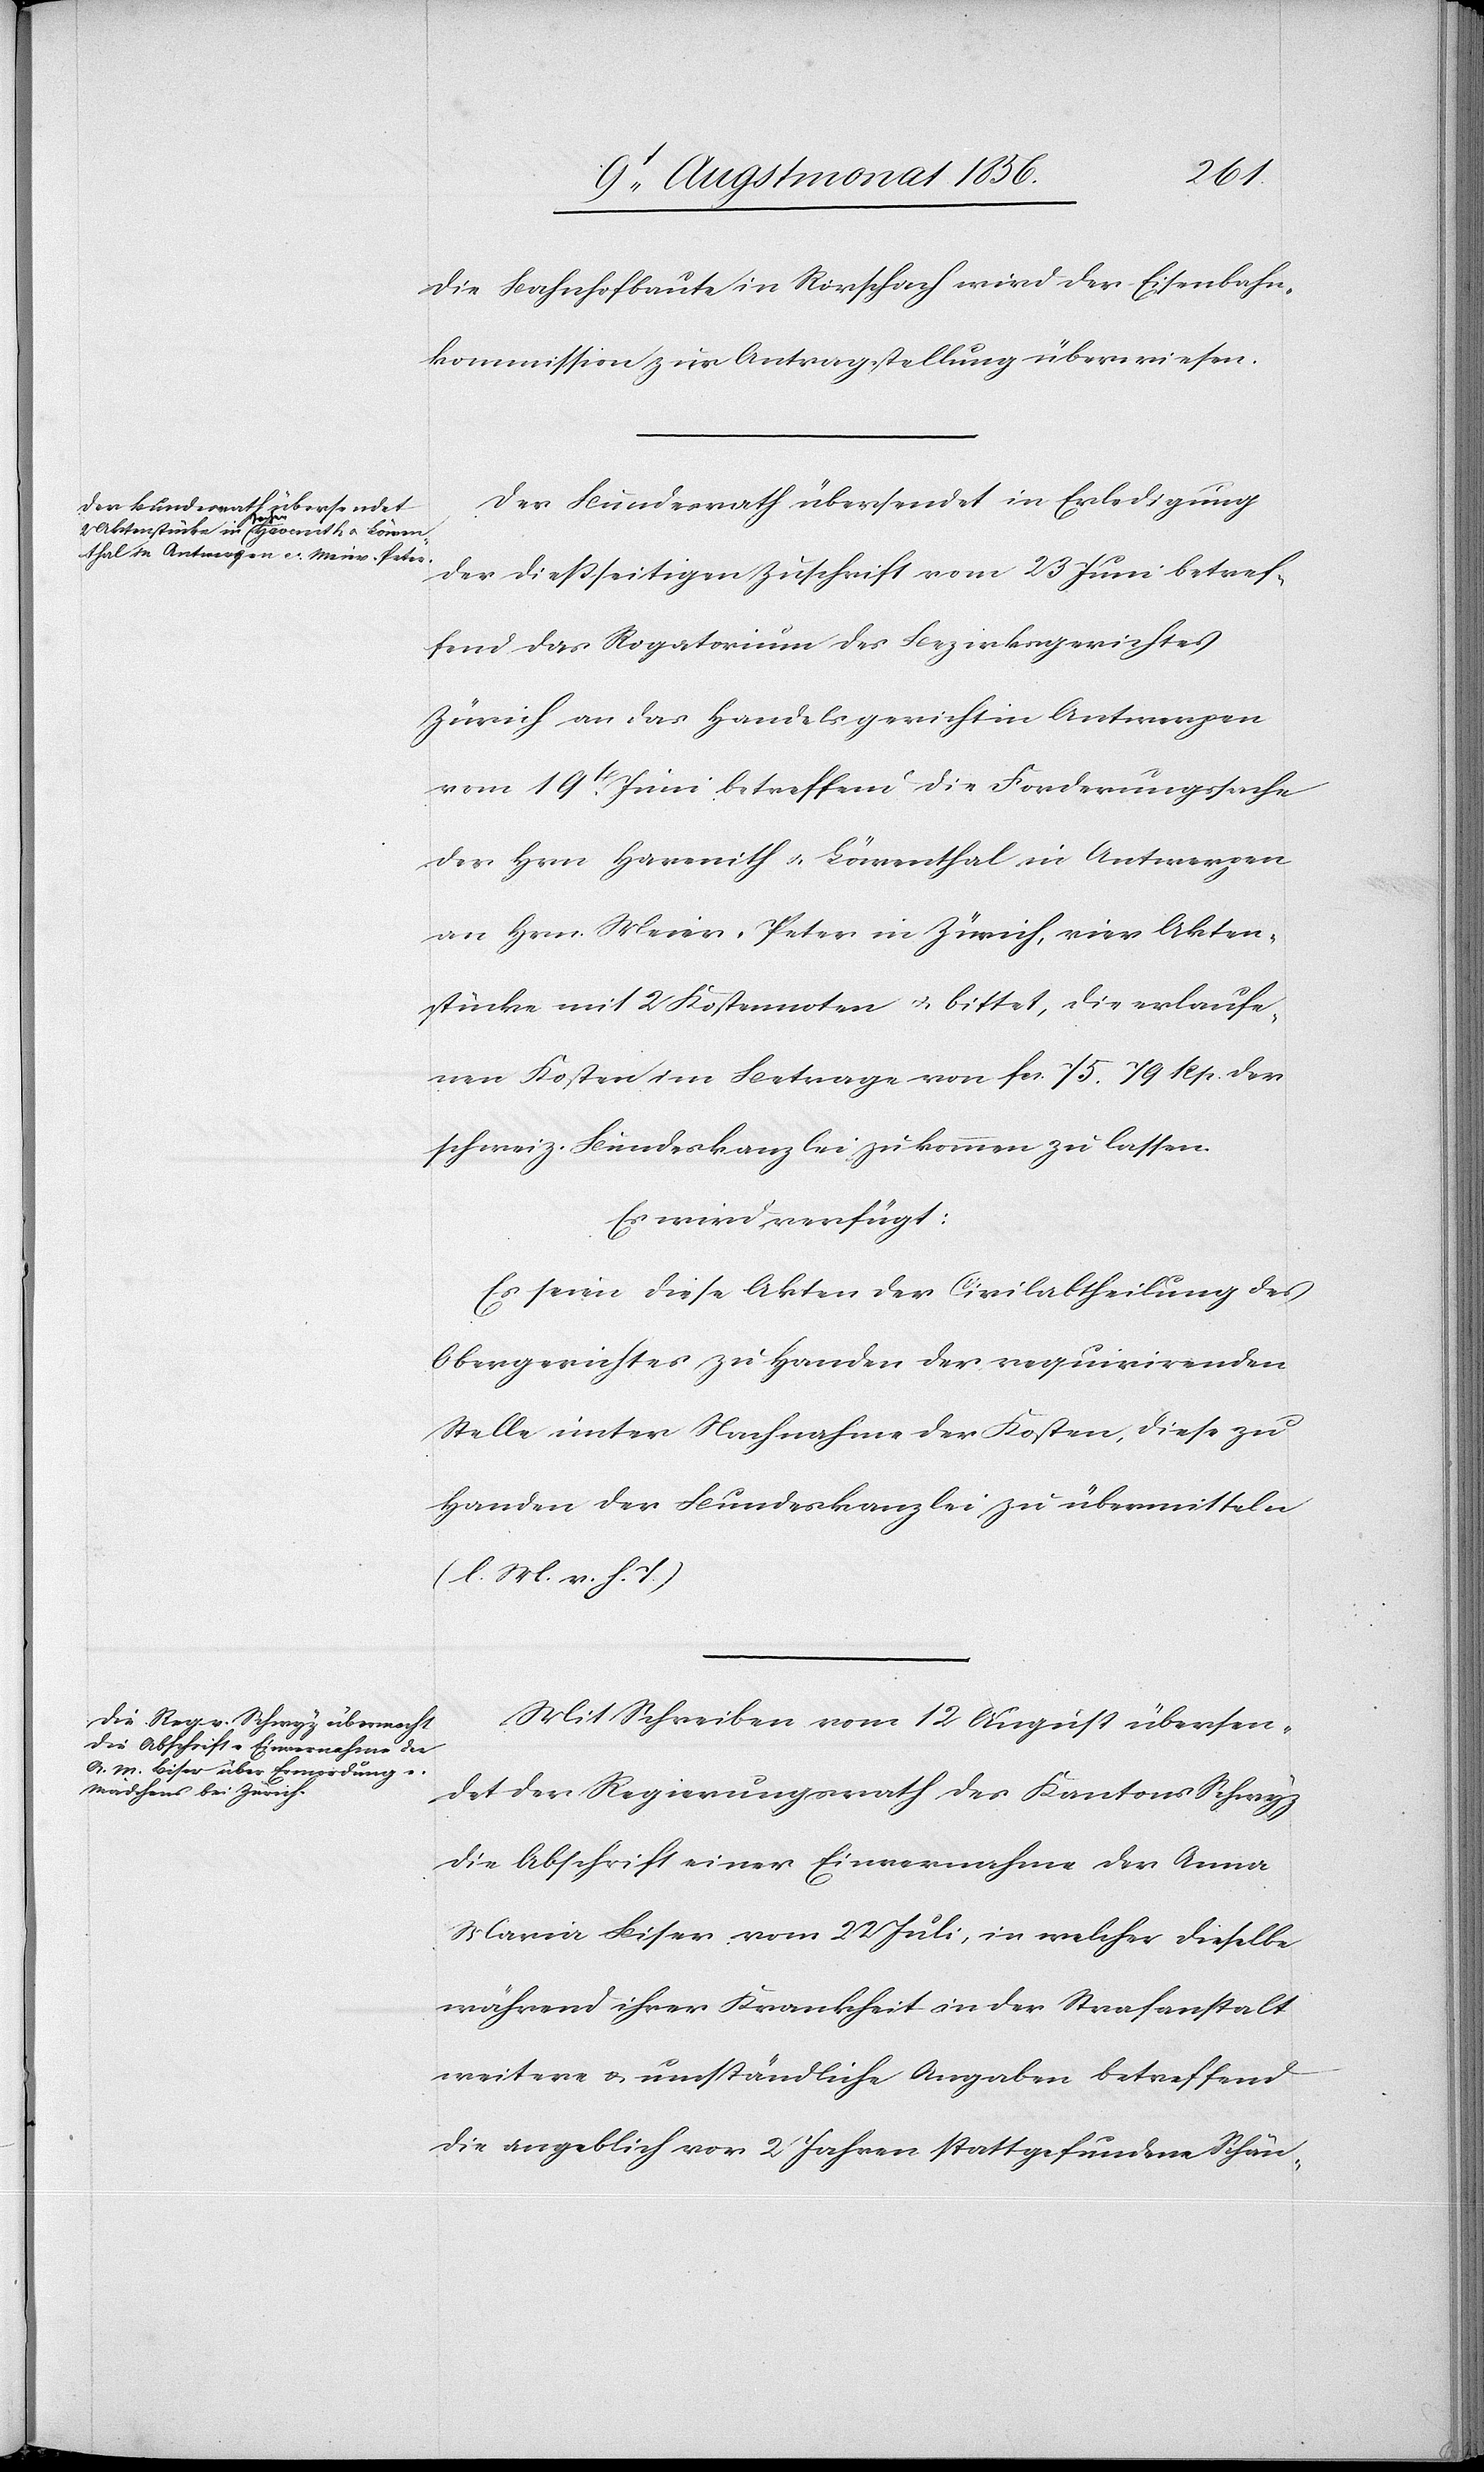
den
11t Augstmonat 1856.]
die Bahnhofbaute in Rorschach wird der Eisenbahn¬
kommission zur Antragstellung überwiesen.
Der Bundesrath übersendet in Erledigung
der diessseitigen Zuschrift vom 23 Juni betref¬
fend das Rogatorium des Bezirksgerichtes
Zürich an das Handelsgericht in Antwerpen
vom 19t Juni betreffend die Forderungssache
der Hrn Havenith u. Löwenthal in Antwerpen
an Hrn. Meier-Peter in Zürich, vier Akten¬
stücke mit 2 Kostennoten u. bittet, die erlaufe¬
nen Kosten im Betrage von fcs. 75. 79 Rp. der
schweiz. Bundeskanzlei zukommen zu lassen.
Es wird verfügt:
Es seien diese Akten der Civilabtheilung des
Obergerichtes zu Handen der requirirenden
Stelle unter Nachnahme der Kosten, diese zu
Handen der Bundeskanzlei zu übermitteln
(l. M. v. h. T.)
Mit Schreiben vom 12 [sic!] August übersen¬
det der Regierungsrath des Kantons Schwyz
die Abschrift einer Einvernahme der Anna
Maria Biser vom 22 Juli, in welcher dieselbe
während ihrer Krankheit in der Strafanstalt
weitere u. umständliche Angaben betreffend
die angeblich vor 2 Jahren stattgefundene Schän-